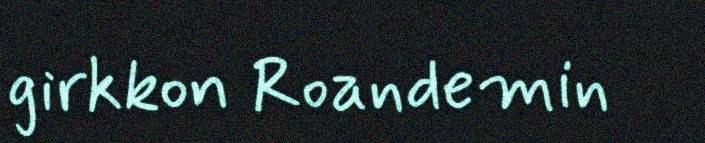
girkkon Roandemin